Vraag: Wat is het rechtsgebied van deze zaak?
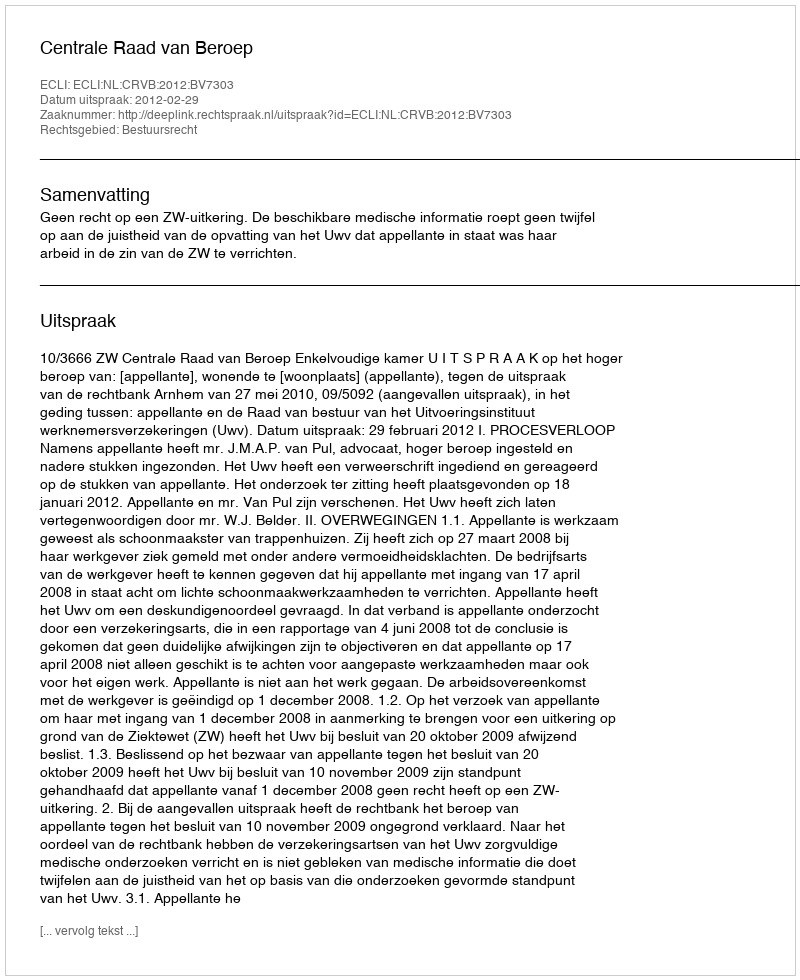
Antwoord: Bestuursrecht